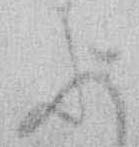
に